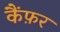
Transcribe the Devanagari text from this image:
कैंफ़र